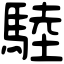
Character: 𩣱